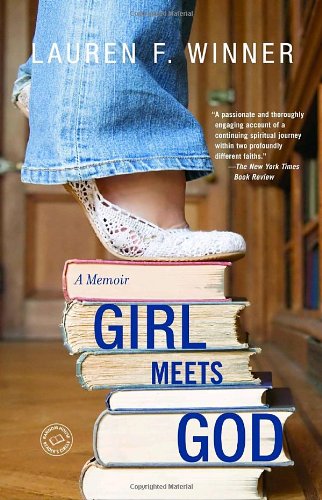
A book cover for Girl Meets God: A Memoir; Lauren F. Winner; Christian Books & Bibles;